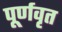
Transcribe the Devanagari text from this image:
पूर्णवृत